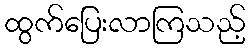
ထွက်ပြေးလာကြသည့်